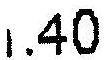
$11.40